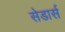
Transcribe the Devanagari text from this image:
सेडार्स